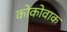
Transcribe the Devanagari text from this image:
कोकोवाक